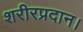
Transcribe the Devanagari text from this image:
शरीरप्रदान।